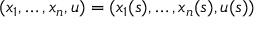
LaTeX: ( x _ { 1 } , \dots , x _ { n } , u ) = ( x _ { 1 } ( s ) , \dots , x _ { n } ( s ) , u ( s ) )